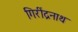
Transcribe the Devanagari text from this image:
गिरींद्रनाथ